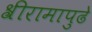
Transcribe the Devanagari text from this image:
श्रीरामापुढे